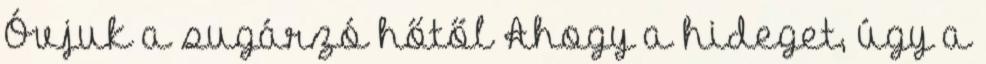
Óvjuk a sugárzó hőtől Ahogy a hideget, úgy a